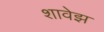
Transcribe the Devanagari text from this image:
शावेझ